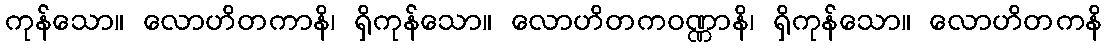
ကုန်သော။ လောဟိတကာနိ၊ ရှိကုန်သော။ လောဟိတကဝဏ္ဏာနိ၊ ရှိကုန်သော။ လောဟိတကနိ